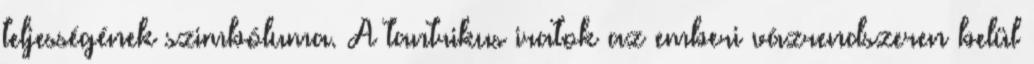
teljességének szimbóluma. A tantrikus iratok az emberi vázrendszeren belül